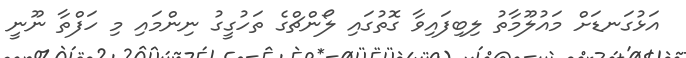
އަޅުގަނޑަށް މައުލޫމާތު ލިބިފައިވާ ގޮތުގައި ލޯންޗްގެ ތަހުގީގު ނިންމައި މި ހަފްތާ ނޫނީ